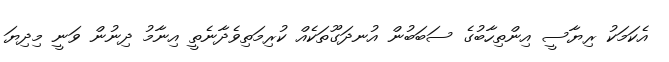
އެކަމަކު ރިޔާސީ އިންތިހާބުގެ ސަބަބުން އުނދަގޫތަކެއް ކުރިމަތިވެދާނެތީ އިނާމު ދިނުން ވަނީ މިދިޔަ